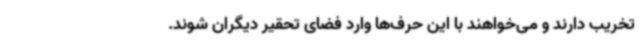
تخریب دارند و می‌خواهند با این حرف‌ها وارد فضای تحقیر دیگران شوند.